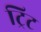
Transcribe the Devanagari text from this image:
ट्रिट